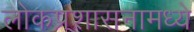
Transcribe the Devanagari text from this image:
लोकप्रशासनामध्ये